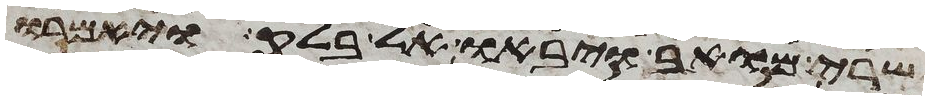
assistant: שרי מואב ויבאו אל בלק ויאמרו